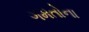
ગમતોના